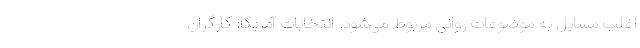
اغلب مسایل به موضوعات روانی مربوط می‌شود. انتخابات آمریکا: کارگران